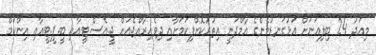
މިއަދު 24 ބިލިއަނަށް އަޅުގަނޑުމެންގެ އާމްދަނީ އިތުރުކޮށްފިކަމަށާއި ދިވެހިރާއްޖެއަށް ޖީ.އެސް.ޓީއާއި ބީ.ޕީ.ޓީއާއި އިންކަމް